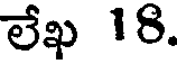
లేఖ 18.